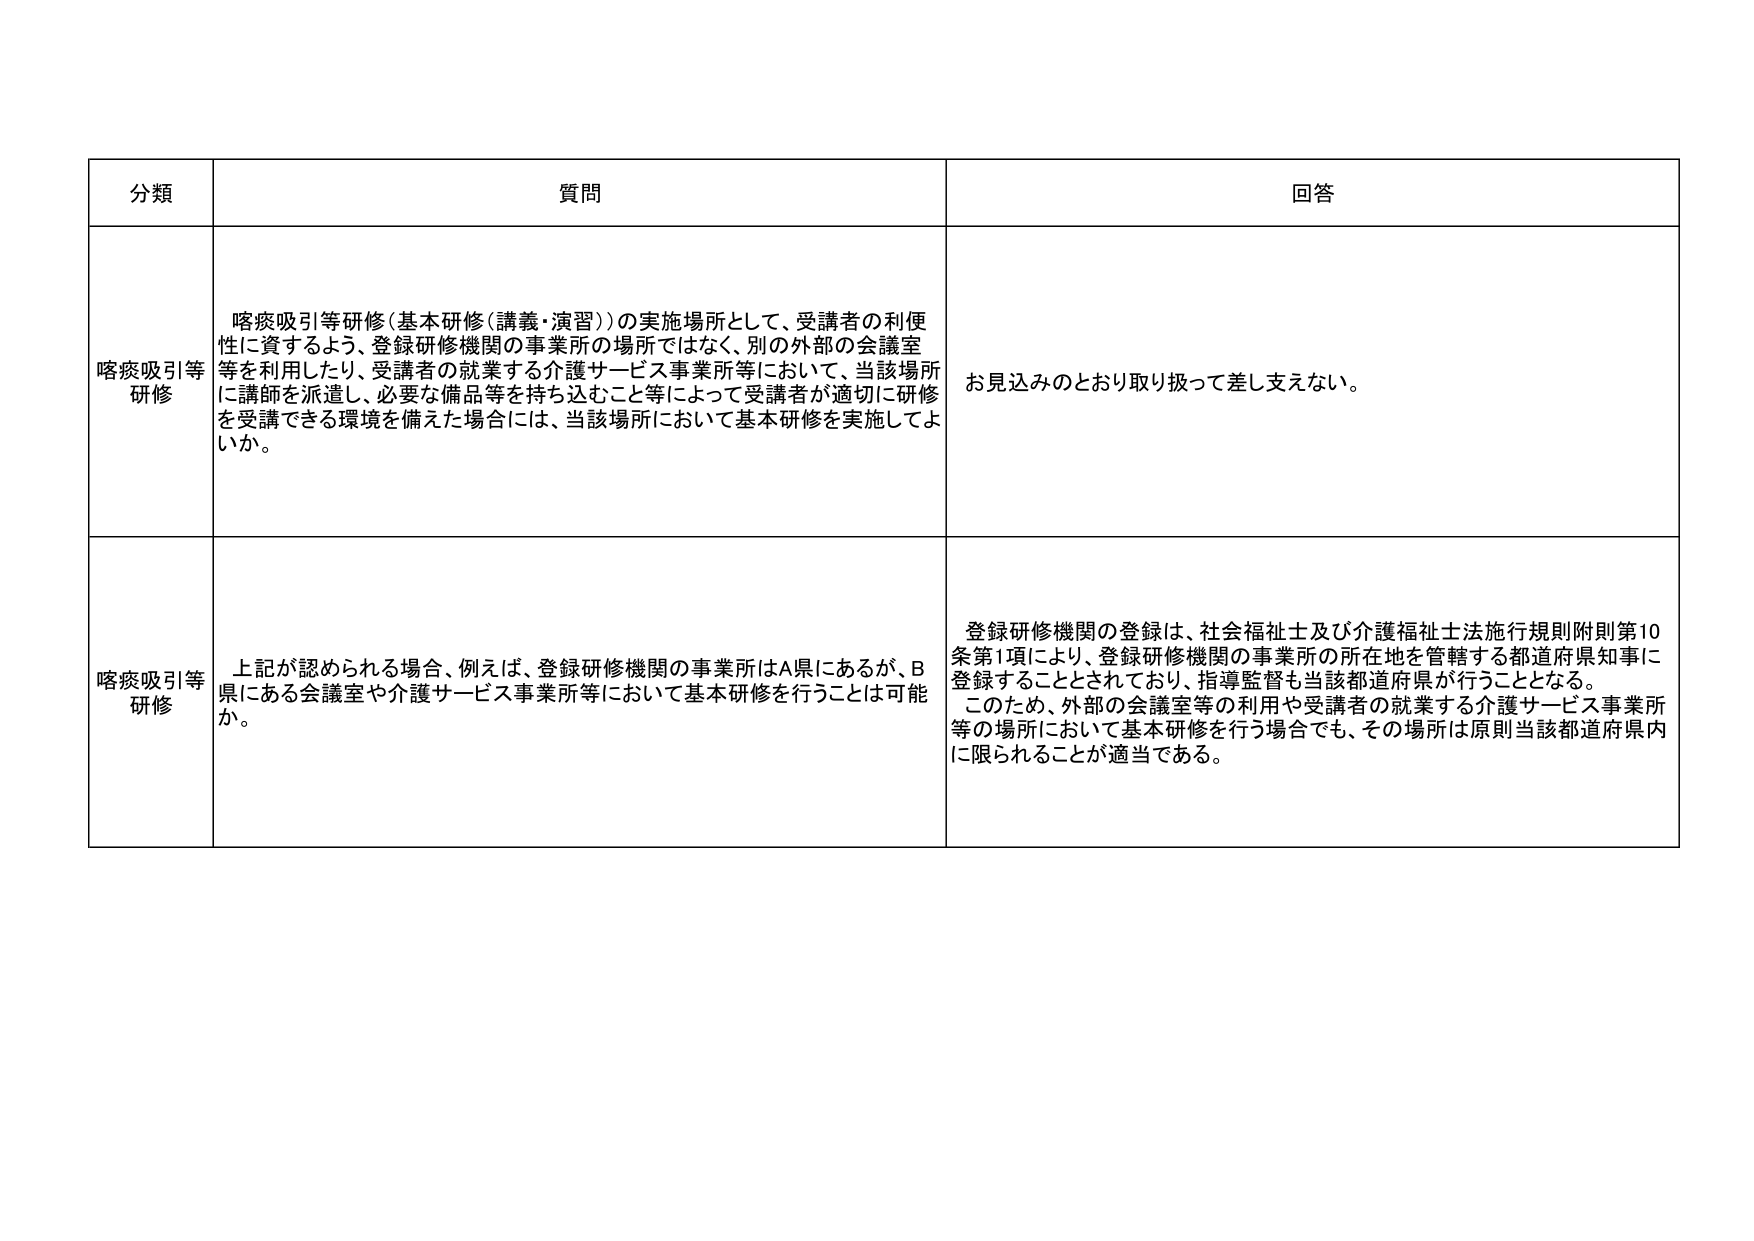
分類 質問 回答
喀痰吸引等研修 喀痰吸引等研修（基本研修（講義・演習））の実施場所として、受講者の利便性に資するよう、登録研修機関の事業所の場所ではなく、別の外部の会議室等を利用したり、受講者の就業する介護サービス事業所等において、当該場所に講師を派遣し、必要な備品等を持ち込むこと等によって受講者が適切に研修を受講できる環境を備えた場合には、当該場所において基本研修を実施してよいか。 お見込みのとおり取り扱って差し支えない。
喀痰吸引等研修 上記が認められる場合、例えば、登録研修機関の事業所はA県にあるが、B県にある会議室や介護サービス事業所等において基本研修を行うことは可能か。 登録研修機関の登録は、社会福祉士及び介護福祉士法施行規則附則第10条第1項により、登録研修機関の事業所の所在地を管轄する都道府県知事に登録することとされており、指導監督も当該都道府県が行うこととなる。このため、外部の会議室等の利用や受講者の就業する介護サービス事業所等の場所において基本研修を行う場合でも、その場所は原則当該都道府県内に限られることが適当である。